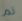
تم